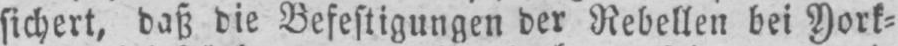
sichert, daß die Befestigungen der Rebellen bei York⸗